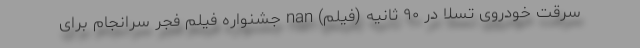
سرقت خودروی تسلا در ۹۰ ثانیه (فیلم) nan جشنواره فیلم فجر سرانجام برای